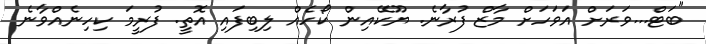
"ބަޓް...ވަރަށް އަވަހަށް މާޒް ފުރާނެ. ޔޫކޭއިން ކޯހެއް ލިބިފައި އޮތީ. ފުރީމަ ކިހިނެއްވާނެ